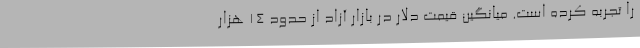
را تجربه کرده است. میانگین قیمت دلار در بازار آزاد از حدود 14 هزار